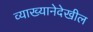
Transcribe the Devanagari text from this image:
व्याख्यानेदेखील